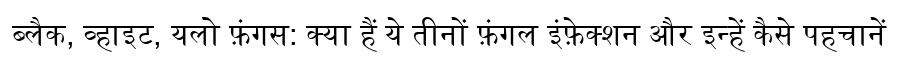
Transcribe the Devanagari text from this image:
ब्लैक, व्हाइट, यलो फ़ंगस: क्या हैं ये तीनों फ़ंगल इंफ़ेक्शन और इन्हें कैसे पहचानें